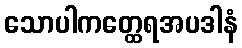
သောပါကတ္ထေရအပဒါနံ